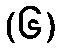
(၆)